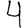
Digit: 4